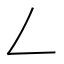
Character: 𠃋